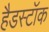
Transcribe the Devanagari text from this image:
हैडस्टॉक